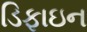
ડિફાઇન